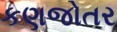
કણજોતર